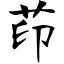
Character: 茚